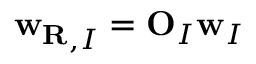
{ \bf w _ { R } } _ { , I } = { \bf O } _ { I } { \bf w } _ { I }